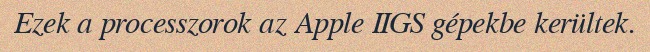
Ezek a processzorok az Apple IIGS gépekbe kerültek.